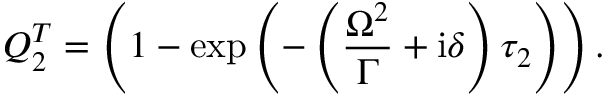
Q _ { 2 } ^ { T } = \left( 1 - \exp \left( - \left( \frac { \Omega ^ { 2 } } { \Gamma } + \mathrm { i } \delta \right) \tau _ { 2 } \right) \right) .